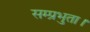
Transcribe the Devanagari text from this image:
सम्प्रभुता।